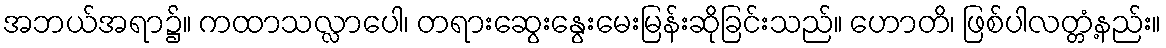
အဘယ်အရာ၌။ ကထာသလ္လာပေါ၊ တရားဆွေးနွေးမေးမြန်းဆိုခြင်းသည်။ ဟောတိ၊ ဖြစ်ပါလတ္တံ့နည်း။